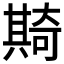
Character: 𠔵